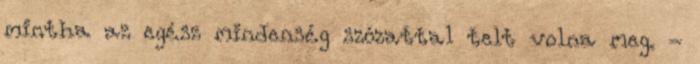
mintha az egész mindenség szózattal telt volna meg. -